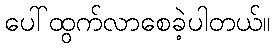
ပေါ်ထွက်လာစေခဲ့ပါတယ်။